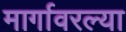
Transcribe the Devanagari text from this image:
मार्गावरल्या